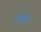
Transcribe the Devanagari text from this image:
व्रांका